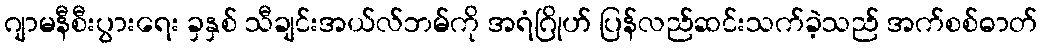
ဂျာမနီစီးပွားရေး ခှနှစ် သီချင်းအယ်လ်ဘမ်ကို အရံဂြိုဟ် ပြန်လည်ဆင်းသက်ခဲ့သည် အက်စစ်ဓာတ်